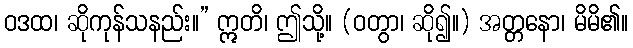
ဝဒထ၊ ဆိုကုန်သနည်း။” ဣတိ၊ ဤသို့။ (ဝတွာ၊ ဆို၍။) အတ္တနော၊ မိမိ၏။